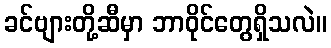
ခင်ဗျားတို့ဆီမှာ ဘာဝိုင်တွေရှိသလဲ။